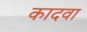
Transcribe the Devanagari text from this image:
कादवा